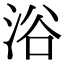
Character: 浴